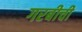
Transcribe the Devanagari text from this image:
गरबीची